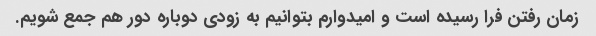
زمان رفتن فرا رسیده است و امیدوارم بتوانیم به زودی دوباره دور هم جمع شویم.